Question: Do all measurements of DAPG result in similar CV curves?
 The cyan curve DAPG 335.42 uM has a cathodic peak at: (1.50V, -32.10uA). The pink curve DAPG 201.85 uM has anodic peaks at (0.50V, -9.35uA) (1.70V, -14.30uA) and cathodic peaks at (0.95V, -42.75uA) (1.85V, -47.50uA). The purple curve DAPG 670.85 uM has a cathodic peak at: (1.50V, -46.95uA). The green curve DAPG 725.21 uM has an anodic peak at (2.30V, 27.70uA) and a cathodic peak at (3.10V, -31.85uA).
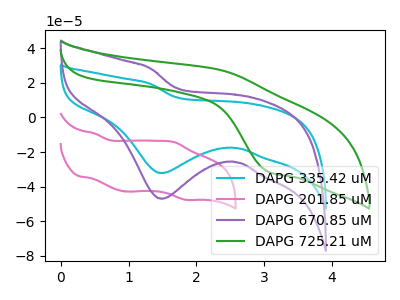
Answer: <think>"DAPG 335.42 uM" and "DAPG 201.85 uM" have a different number of peaks. All the peaks in "DAPG 335.42 uM" have a peak in "DAPG 670.85 uM" at the same potential. Every peak in "DAPG 335.42 uM" is lower than every peak in "DAPG 670.85 uM". "DAPG 335.42 uM" and "DAPG 725.21 uM" have a different number of peaks. "DAPG 201.85 uM" and "DAPG 670.85 uM" have a different number of peaks. "DAPG 201.85 uM" and "DAPG 725.21 uM" have a different number of peaks. "DAPG 670.85 uM" and "DAPG 725.21 uM" have a different number of peaks.
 </think>
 <answer>All the CV's of "DAPG" have similar shape.</answer>
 <eval>follow_rule</eval>